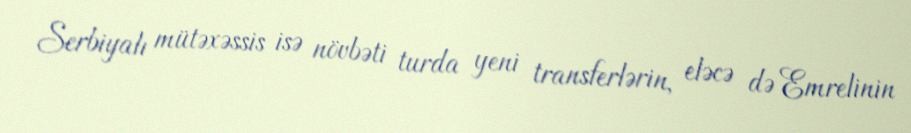
Serbiyalı mütəxəssis isə növbəti turda yeni transferlərin, eləcə də Emrelinin